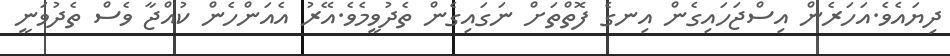
ދިޔައެވެ.އަހަރެން އިސްޖަހައިގެން އިނގެ ފޮތްތަށް ނަގައިގެން ތެދުވީމެވެ.އޭރު އެއަންހެން ކުއްޖާ ވެސް ތެދުވަނީ